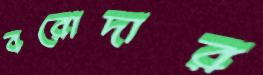
বরোদার